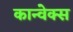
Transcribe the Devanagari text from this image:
कान्वेक्स